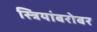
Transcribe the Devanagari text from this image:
स्त्रियांबरोबर